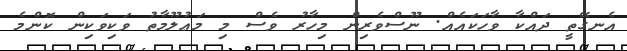
އެނގޭތީ ދައްކާ ވާހަކައެއް. ނޫސްވެރިން މިހާރު ވެސް މި މަޢުލޫމާތު ވަކިވަކިން ކޮންމެ